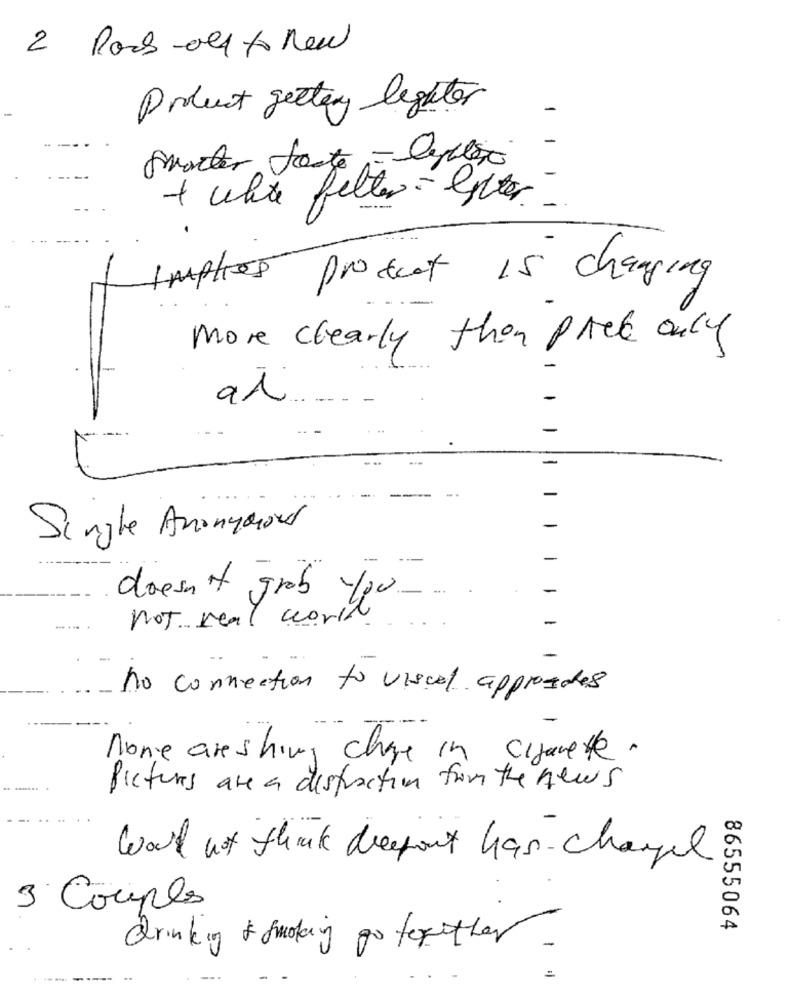
2 Pack-old to new
Protect gettary legater
+ white felter= litter
Implies product is changing
more clearly then pack only
-
-
-
-
-
Single Anonymous
-
-
doesn't grab you.
not real world
-
no connection to visual approades
none are shing chage in cigarete.
Pictures are a distraction from the news
Word not think dreport has changed
3 Couples
86555064
drinking & Smoking go forother
=